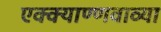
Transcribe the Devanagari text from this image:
एक्क्याण्णवाव्या